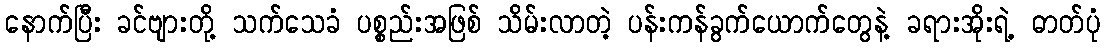
နောက်ပြီး ခင်ဗျားတို့ သက်သေခံ ပစ္စည်းအဖြစ် သိမ်းလာတဲ့ ပန်းကန်ခွက်ယောက်တွေနဲ့ ခရားအိုးရဲ့ ဓာတ်ပုံ